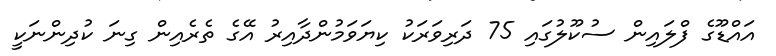
އައްޑޫގެ ފްލައިން ސުކޫލުގައި 75 ދަރިވަރަކު ކިޔަވަމުންދާއިރު އޭގެ ތެރެއިން ގިނަ ކުދިންނަކީ